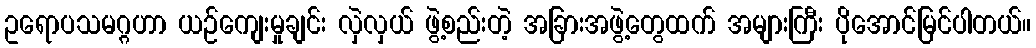
ဥရောပသမဂ္ဂဟာ ယဉ်ကျေးမှုချင်း လှဲလှယ် ဖွဲ့စည်းတဲ့ အခြားအဖွဲ့တွေထက် အများကြီး ပိုအောင်မြင်ပါတယ်။